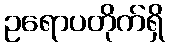
ဥရောပတိုက်ရှိ